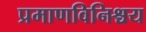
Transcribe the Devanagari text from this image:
प्रमाणविनिश्चय